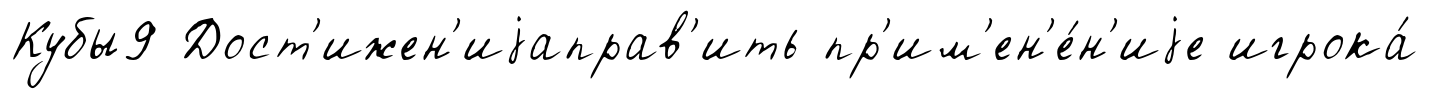
Кубы9 Дост'ижен'иjаправ'ить пр'им'ен'е́н'иjе игрока́